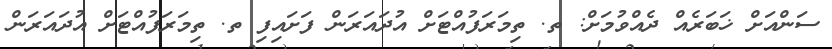
ސަންއަށް ޚަބަރެއް ދެއްވުމަށް: ތ. ތިމަރަފުއްޓަށް އުދައަރަން ފަށައިފި ތ. ތިމަރަފުއްޓަށް އުދައަރަން